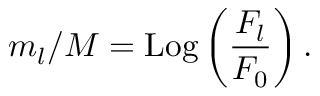
m _ { l } / M = \mathrm { L o g } \left( \frac { F _ { l } } { F _ { 0 } } \right) .